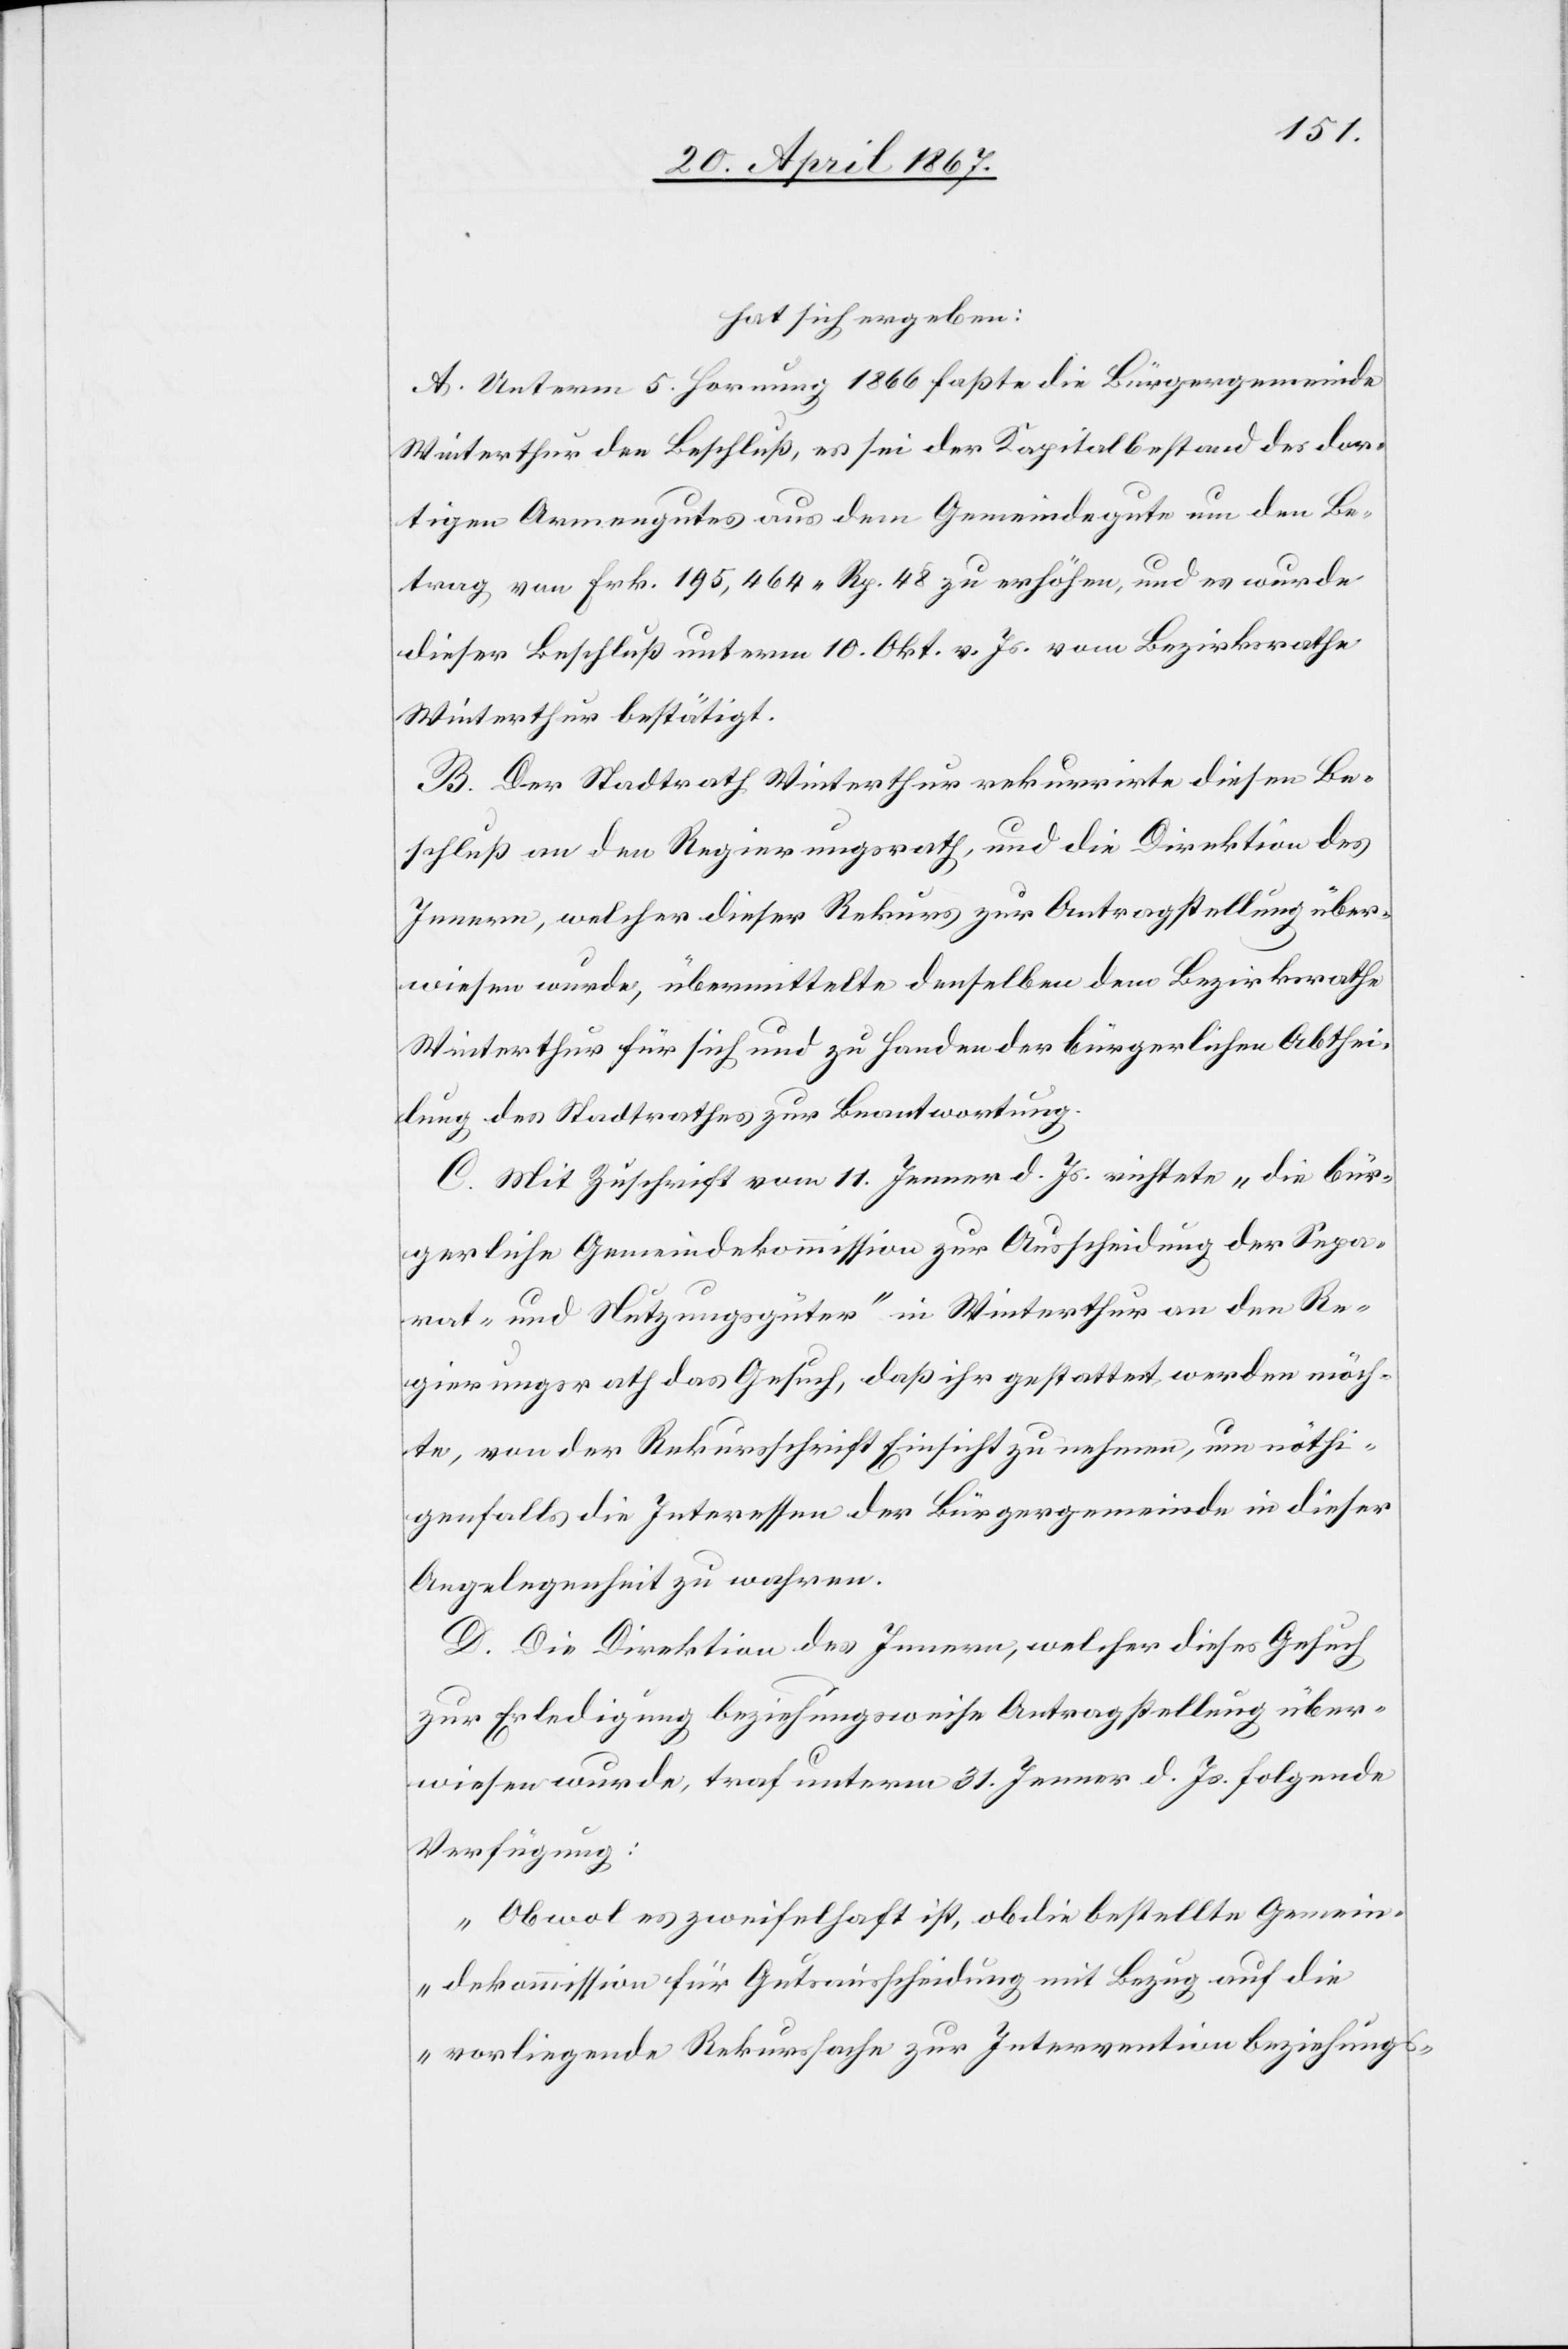
hat sich ergeben:
A. Unterm 5. Hornung 1866 faßte die Bürgergemeinde
Winterthur den Beschluß, es sei der Kapitalbestand des dor¬
tigen Armengutes aus dem Gemeindegute um den Be¬
trag von Frk. 195,464. Rp. 48 zu erhöhen, und es wurde
dieser Beschluß unterm 10. Okt. v. Js. vom Bezirksrathe
Winterthur bestätigt.
B. Der Stadtrath Winterthur rekurrirte diesen Be¬
schluß an den Regierungsrath, und die Direktion des
Innern, welcher dieser Rekurs zur Antragstellung über¬
wiesen wurde, übermittelte denselben dem Bezirksrathe
Winterthur für sich und zu Handen der bürgerlichen Abthei¬
lung des Stadtrathes zur Beantwortung.
C. Mit Zuschrift vom 11. Jenner d. Js. richtete „die bür¬
gerliche Gemeindekommission zur Ausscheidung der Sepa¬
rat- und Nutzungsgüter“ in Winterthur an den Re¬
gierungsrath das Gesuch, daß ihr gestattet werden möch¬
te, von der Rekursschrift Einsicht zu nehmen, um nöthi¬
genfalls die Interessen der Bürgergemeinde in dieser
Angelegenheit zu wahren.
D. Die Direktion des Innern, welcher dieses Gesuch
zur Erledigung beziehungsweise Antragstellung über¬
wiesen wurde, traf unterm 31. Jenner d. Js. folgende
Verfügung:
„Obwol es zweifelhaft ist, ob die bestellte Gemein¬
dekommission für Güterausscheidung mit Bezug auf die
vorliegende Rekurssache zur Intervention beziehungs-